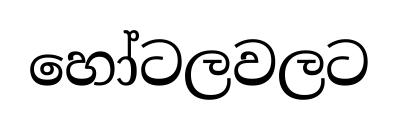
හෝටලවලට